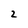
Character: 2